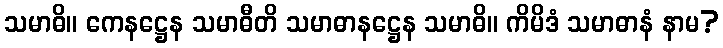
သမာဓိ။ ကေနဋ္ဌေန သမာဓီတိ သမာဓာနဋ္ဌေန သမာဓိ။ ကိမိဒံ သမာဓာနံ နာမ?